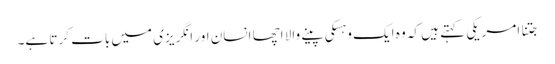
جتنا امریکی کہتے ہیں کہ وہ ایک وہسکی پینے والا اچھا انسان اور انگریزی میں بات کرتا ہے۔